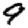
Digit: 9